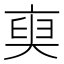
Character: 𠅲